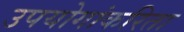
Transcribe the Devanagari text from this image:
उपयोगांकरिता